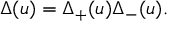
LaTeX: \Delta ( u ) = \Delta _ { + } ( u ) \Delta _ { - } ( u ) .